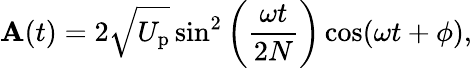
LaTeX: \mathbf{A}(t)=2\sqrt{U_{\mathrm{p}}}\sin^{2}\left(\frac{\omega t}{2N}\right)\cos(\omega t+\phi),